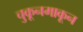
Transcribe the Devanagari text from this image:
चुकूनमाकून